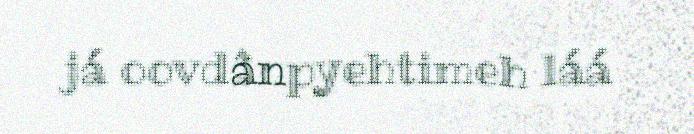
já oovdânpyehtimeh láá